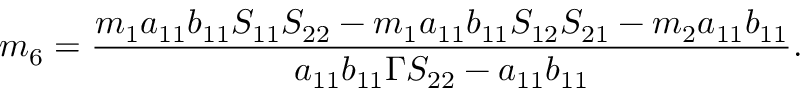
m _ { 6 } = \frac { m _ { 1 } a _ { 1 1 } b _ { 1 1 } S _ { 1 1 } S _ { 2 2 } - m _ { 1 } a _ { 1 1 } b _ { 1 1 } S _ { 1 2 } S _ { 2 1 } - m _ { 2 } a _ { 1 1 } b _ { 1 1 } } { a _ { 1 1 } b _ { 1 1 } \Gamma S _ { 2 2 } - a _ { 1 1 } b _ { 1 1 } } .